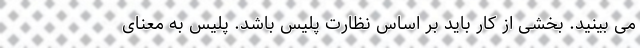
می بینید. بخشی از کار باید بر اساس نظارت پلیس باشد. پلیس به معنای